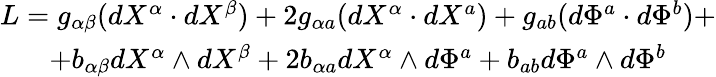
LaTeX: \begin{array}{c}{{L=g_{\alpha\beta}(dX^{\alpha}\cdot dX^{\beta})+2g_{\alpha a}(dX^{\alpha}\cdot dX^{a})+g_{ab}(d\Phi^{a}\cdot d\Phi^{b})+}}\\ {{+b_{\alpha\beta}dX^{\alpha}\wedge dX^{\beta}+2b_{\alpha a}dX^{\alpha}\wedge d\Phi^{a}+b_{ab}d\Phi^{a}\wedge d\Phi^{b}}}\end{array}